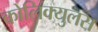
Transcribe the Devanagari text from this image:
कोलिक्युलस